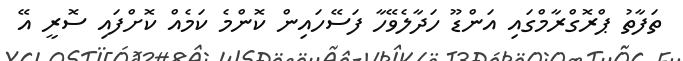
ތަފާތު ޕްރޮގްރާމްގައި އަންޑޫ ހަދާލެވޭހާ ފަސޭހައިން ކޮންމެ ކަމެއް ކޮށްފައި ސޮރީ އޭ